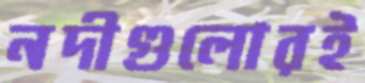
নদীগুলোরই